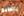
بالطبع